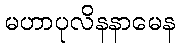
မဟာပုလိနနာမေန